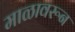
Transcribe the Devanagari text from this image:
माळावरून